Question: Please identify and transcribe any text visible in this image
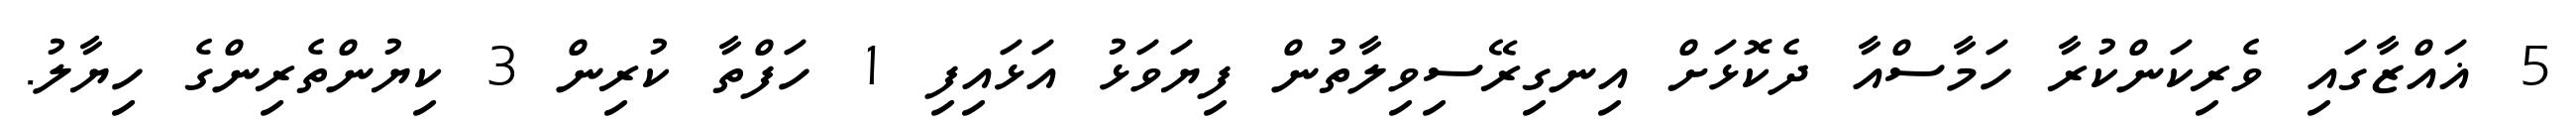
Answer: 5 ޣައްޒާގައި ވެރިކަންކުރާ ހަމާސްއާ ދެކޮޅަށް އިނގިރޭސިވިލާތުން ފިޔަވަޅު އަޅައިފި 1 ހަފްތާ ކުރިން 3 ކިޔުންތެރިންގެ ހިޔާލު.